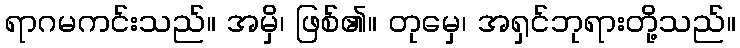
ရာဂမကင်းသည်။ အမှိ၊ ဖြစ်၏။ တုမှေ၊ အရှင်ဘုရားတို့သည်။